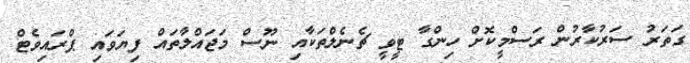
ގަތަރު ސަރުކާރުން ރަސްމީކޮށް ހިންގާ ޓީވީ ޗެނެލްތަކާއި ނޫސް މަޖައްލާތައް ފިޔަވައި ޕްރައިވެޓް